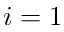
i = 1